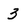
Character: 3